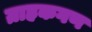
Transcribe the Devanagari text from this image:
ग्राहकगण